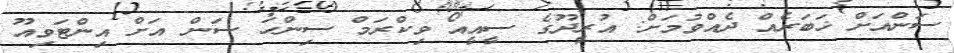
ސަންއަށް ޚަބަރެއް ދެއްވުމަށް: އުރީދޫގެ ސީއީއޯ ވިކްރަމް ސިންހަ ސަން އަށް އިންޓަވިއޫ